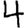
Digit: 4